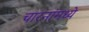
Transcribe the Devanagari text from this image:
चारनांमध्ये